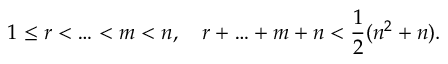
1 \leq r < \ldots < m < n , \quad r + \ldots + m + n < { \frac { 1 } { 2 } } ( n ^ { 2 } + n ) .